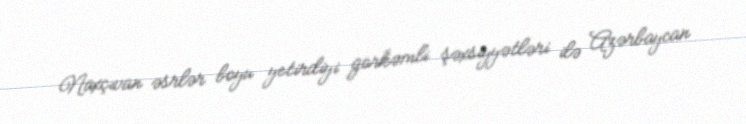
Naxçıvan əsrlər boyu yetirdiyi görkəmli şəxsiyyətləri ilə Azərbaycan